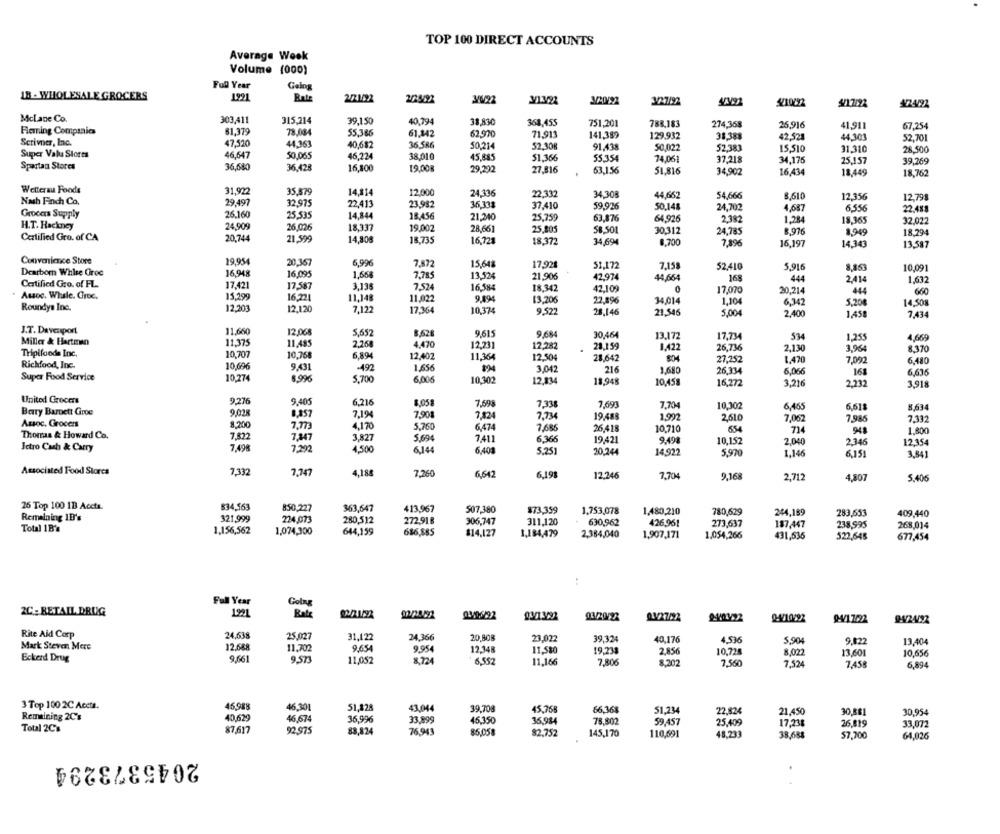
TOP 100 DIRECT ACCOUNTS
Average Wook
Volume (000)
Full Year
Gaing
IB - WHOLESALE GROCERS
1921
2/21/22
3/6/22
3/1322
3/20/22
3/27/92
OS T'6E
S/10092
3/12/22
¥24/22
Mclane Co.
303,411
315,214
40.794
38,830
368,455
751,201
788,183
274,358
25,916
41,911
67,254
Fleming Companies
81,379
78.034
55,386
61.142
62.970
71.911
141,389
129.932
31.381
Scrivner, Inc.
47,520
42,521
44.301
52,701
44,363
40,682
36.586
50,214
52.308
91.438
50,022
52.383
15,510
31,310
28,500
Super Valu Stores
46,647
50.065
46,224
38,010
45,885
51,366
55,354
74,061
37.218
34,175
25.157
Spartan Stores
36,680
36.428
16,300
19.00
39,269
29,292
27,816
63,156
51.816
34,902
16,434
18,449
18,762
Wetterau Foods
31,922
35.879
14.314
12.000
24,336
22.332
34,308
Nash Finch Co.
44,662
54,666
8,610
12,356
12.798
29.497
32.975
22,413
23,982
36.333
37,410
59,926
50.148
24,702
4,687
6.556
22.488
Grocas Supply
26.160
25,535
14,844
18.456
21,240
25,759
63.876
64.926
2.382
H.T. Hackney
24,909
26,026
18,337
1,284
18,365
32,022
19,002
28,661
25,805
58,501
30,312
24,785
8.976
8,949
18.294
Certified Gro. of CA
20,744
21 599
14,808
18,735
16,721
18.372
34,694
8,700
7,896
16,197
14,343
13,587
Convenience Store
19.954
20.367
6,996
7.872
15,642
17,921
51.172
7.158
52.410
5,916
8,163
10,091
Dearborn Whlse Groc
16,948
16.095
1,658
7.785
13,524
21,906
42,974
44,664
168
444
Certified Gro. of FL.
17,421
17.587
7.524
2,414
1,632
3,138
16.584
18.342
42.109
17,070
20,214
444
660
Assoc. Whale. Groc.
15.299
16.221
11,14
11,022
9.894
13,206
22.896
34,014
1,104
6.342
5,20€
14,508
Roundys Inc.
12,203
12.120
7,122
17,364
10,374
9.522
28,146
21.546
5.004
2,400
1,458
7.434
J.T. Davenport
11,660
12.068
5,652
8,628
9.615
9,684
30,464
534
Miller & Hartman
11,375
11.485
2.264
13,172
17,734
1,255
4,669
4,470
12,231
12.282
28.159
1,422
26.736
2,130
3,964
8.370
Tripifoods Inc.
10.707
10,758
6,894
12,407
11,364
12.504
28,642
27,252
7,092
6,480
Rickfood, Inc.
10,696
9,431
492
1,656
1,470
Super Food Service
8.996
894
3,042
216
1,680
26.334
6,000
168
6,636
10,274
5,700
6,006
10,302
12,834
18.948
10,458
16,272
3,216
2,232
3,918
United Grocers
9.276
9.405
6,216
7,698
7,338
7,693
7.704
10,302
6,465
6,618
8,634
Bary Barnett Groe
8,857
7,1%
7,901
7,824
7,73
19,488
1,992
2,610
7,062
7,986
Assoc. Grocers
8,200
7,773
4,170
5,760
6,474
7.332
Thomas & Howard Co.
7.822
7,686
26,418
10.710
654
714
948
1.800
7,847
3,827
5,694
7,411
6,36€
19,421
9.498
10,152
2,040
2,346
12.354
Ictro Cash & Carry
7,498
7,202
4,500
6,144
6,401
5.251
20.244
14.922
5,970
1,146
6,151
3,841
Associated Food Stores
7,332
7,747
4,188
7,260
6,642
6,198
12.246
7,704
9,168
2,712
4,807
5.406
26 Top 100 1B Accts.
834,563
850,227
363,647
413,967
507,380
$73,359
1,753,078
Remaining 1E's
321,999
1,480,210
780,629
244,189
283,553
409,440
224,073
280,512
272,918
306,747
311,120
630,962
426,96!
273,637
187,447
238,995
268,014
Total 1B'%
1,156,562
1,074,300
644,159
$14,127
1,184,479
2,384,040
1,907,171
1.054,266
431,636
522,645
677,454
Full Year
Golng
2C .- RETAIL DRUG
1921
Rate
03/1.3092
03/20/22
03/27/22
Q-4/10692
94/24/92
Rite Aid Corp
24,638
25,027
31,122
24,366
20,808
23.022
39,324
40,176
4.536
5.904
9.822
13,404
Mark Steven Mere
12.688
11.702
9,654
9.954
12,348
11,580
19,238
2.856
10,728
8,022
13,601
Eckerd Drug
9,661
9,573
11,052
8.724
10,656
6,552
11.166
7,806
8,202
7,560
7,524
7,458
6,894
3 Top 100 2C Acets.
46,988
46.301
51,828
43,044
39,708
45,768
66,36%
51,234
Remaining 2C's
40,629
46,674
36.996
33.899
22,824
21,450
30,881
30,954
45.350
36,984
78,802
59.457
25,409
17,238
26,819
33,072
Total 2C's
87.617
92.975
88,824
76.943
85,058
82,752
145,170
110,591
48.233
38,688
57.200
64,026
2045373294